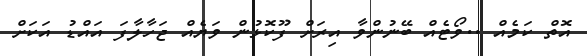
އޮތް ކަމެއް ..ވޯޓެއް ބޭނުންވާ އިރަށް ފޫކޮޅުން ވަޔެއް ޖަހާލާފަ އައްޑު އަކަށް